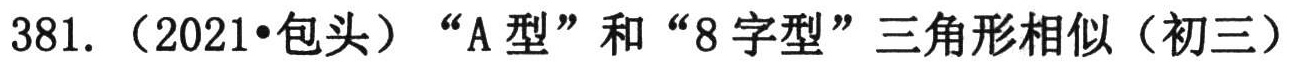
381. （2021•包头）“A型”和“8字型”三角形相似（初三）